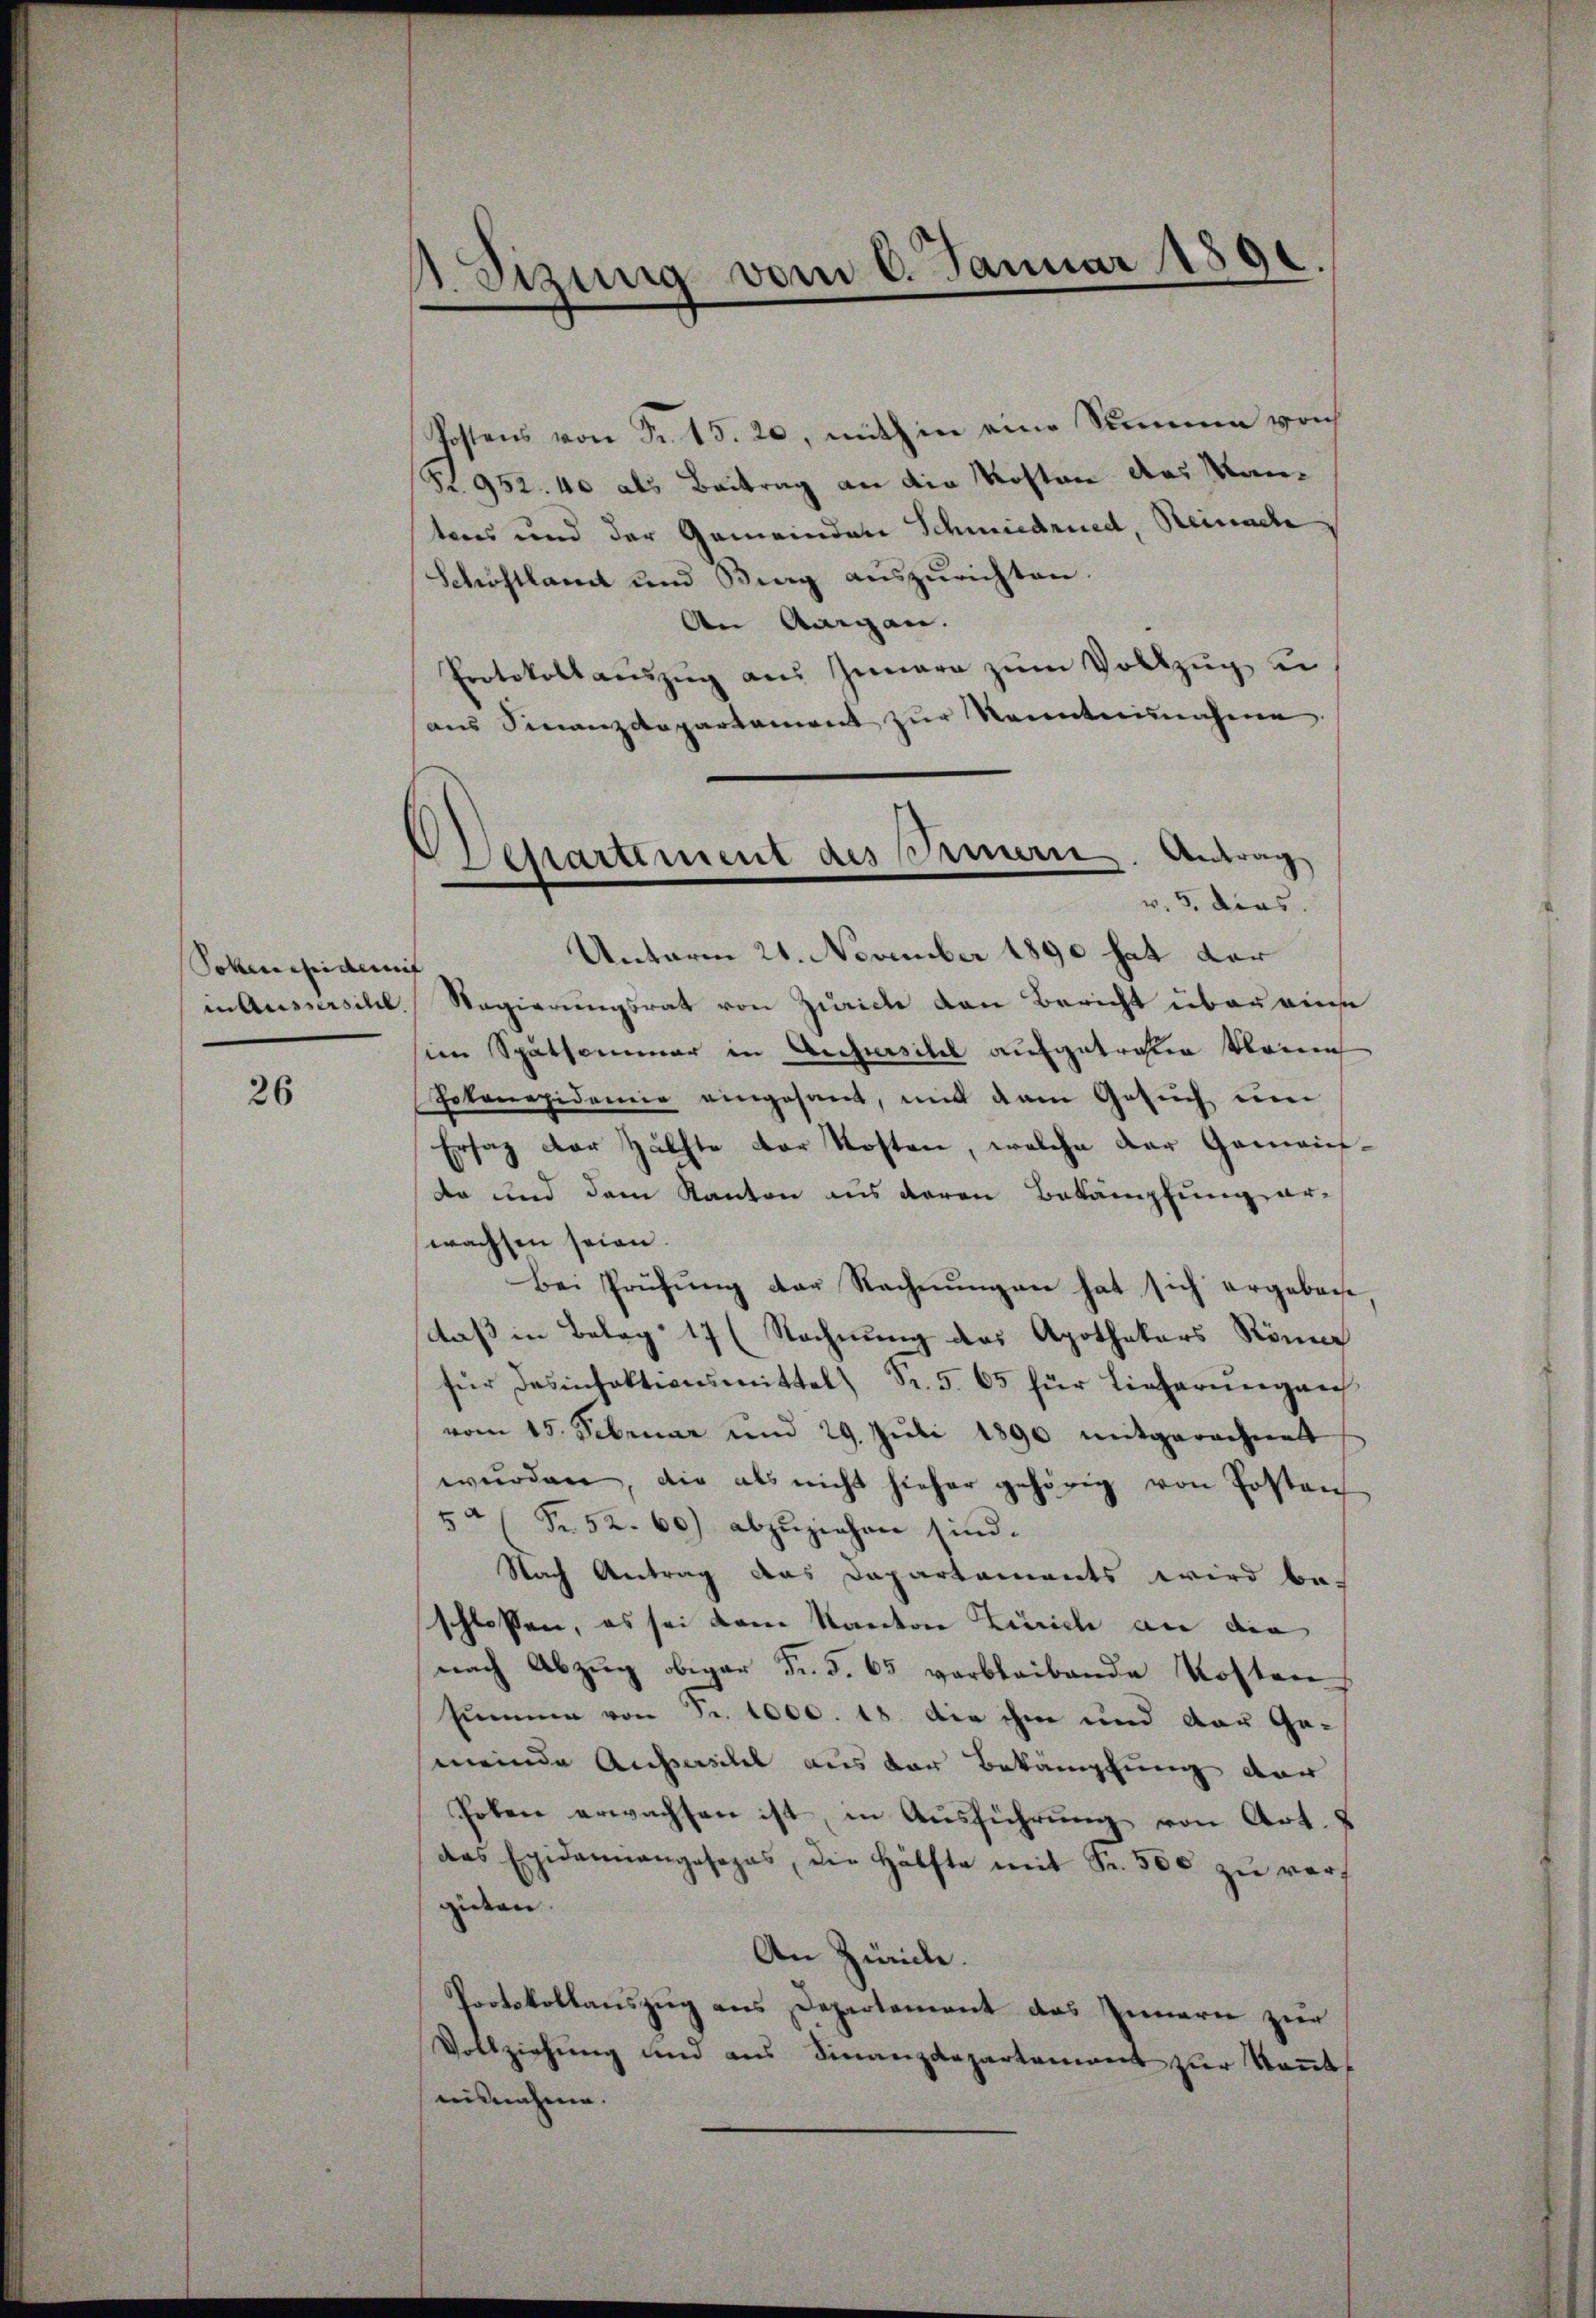
Johen fidemit |
in Ausserschl

26

1. Sirung vom 6. Januar 1890.
1

Separtement des Seinerie. Antrag
v. 5. dies.

Postens von Fr. 15. 20, mithin eine Stimme von
(S. 952. 40 als Beitrag an die Kosten das Manteres und der Gemeinden Schmiedried, Reinach
Schöftlamt und Bing auszurichten.
An Aargau.
Protokollaŭszŭg aŭs Innere zum Vollzug u
ans Finanzdepartament zŭr Kenntninchene
Unterm 21. November 1890 hat dar
Regierungsrat von Zürich den Bericht über eine
im Spätsammer in Ausuisitel aufgetreten kleine
Pokonepidemie eingesant, mit dem Gesuch um
Ersaz der Hälfte der Kosten, welche der Gemeinda und dem Kanton aus deren Bekämpfung erwachsen seien.
Bei Prüfŭng der Rechnŭngen hat sich ergeben
daß in Belag 17 (Rechnung des Apothekars Rönne
für dasinfektionsmittel Fr. 5. 65 für Lieferungen
vom 15. Februar und 29. Juli 1890 mitgerechnet
wŭrden, die als nicht hieher gehörig von Posten
54 (Nr. 52. 60) abzuziehen sind.
Nach Antrag das Departaments wird be-
schlossen, es sei dem Kanton Zürich an die
nach Abzŭg obiger Fr. 5. 65 verbleibende Kosten
Humme von Fr. 1000. 18. Die ihm und der Ge-
meinde Ausserstel aus der Bekämpfung der
hoben erwachsen ist, in Ausführung von Art.
das Exidamnangesages, die Hälfte mit Fr. 500 zŭ verf
giden.
An Zürich.
Protokollauszug aus Departement das Innern zur
Vollziehung und aus Finanzdepartement zur Kenntusnahme.